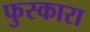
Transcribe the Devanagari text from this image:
फुस्कारा